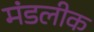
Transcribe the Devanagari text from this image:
मंडलीक